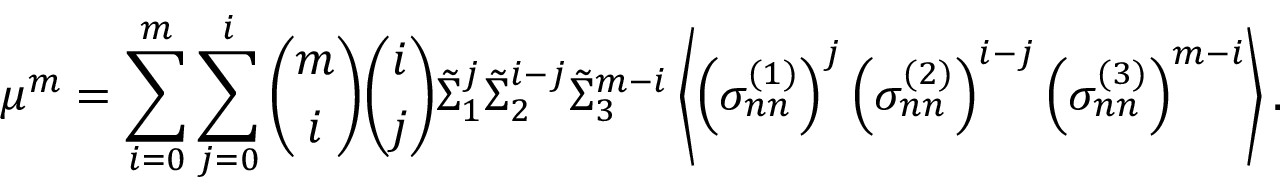
\mu ^ { m } = \sum _ { i = 0 } ^ { m } \sum _ { j = 0 } ^ { i } \binom { m } { i } \binom { i } { j } \tilde { \Sigma } _ { 1 } ^ { j } \tilde { \Sigma } _ { 2 } ^ { i - j } \tilde { \Sigma } _ { 3 } ^ { m - i } \left\langle \left( \sigma _ { n n } ^ { ( 1 ) } \right) ^ { j } \left( \sigma _ { n n } ^ { ( 2 ) } \right) ^ { i - j } \left( \sigma _ { n n } ^ { ( 3 ) } \right) ^ { m - i } \right\rangle .